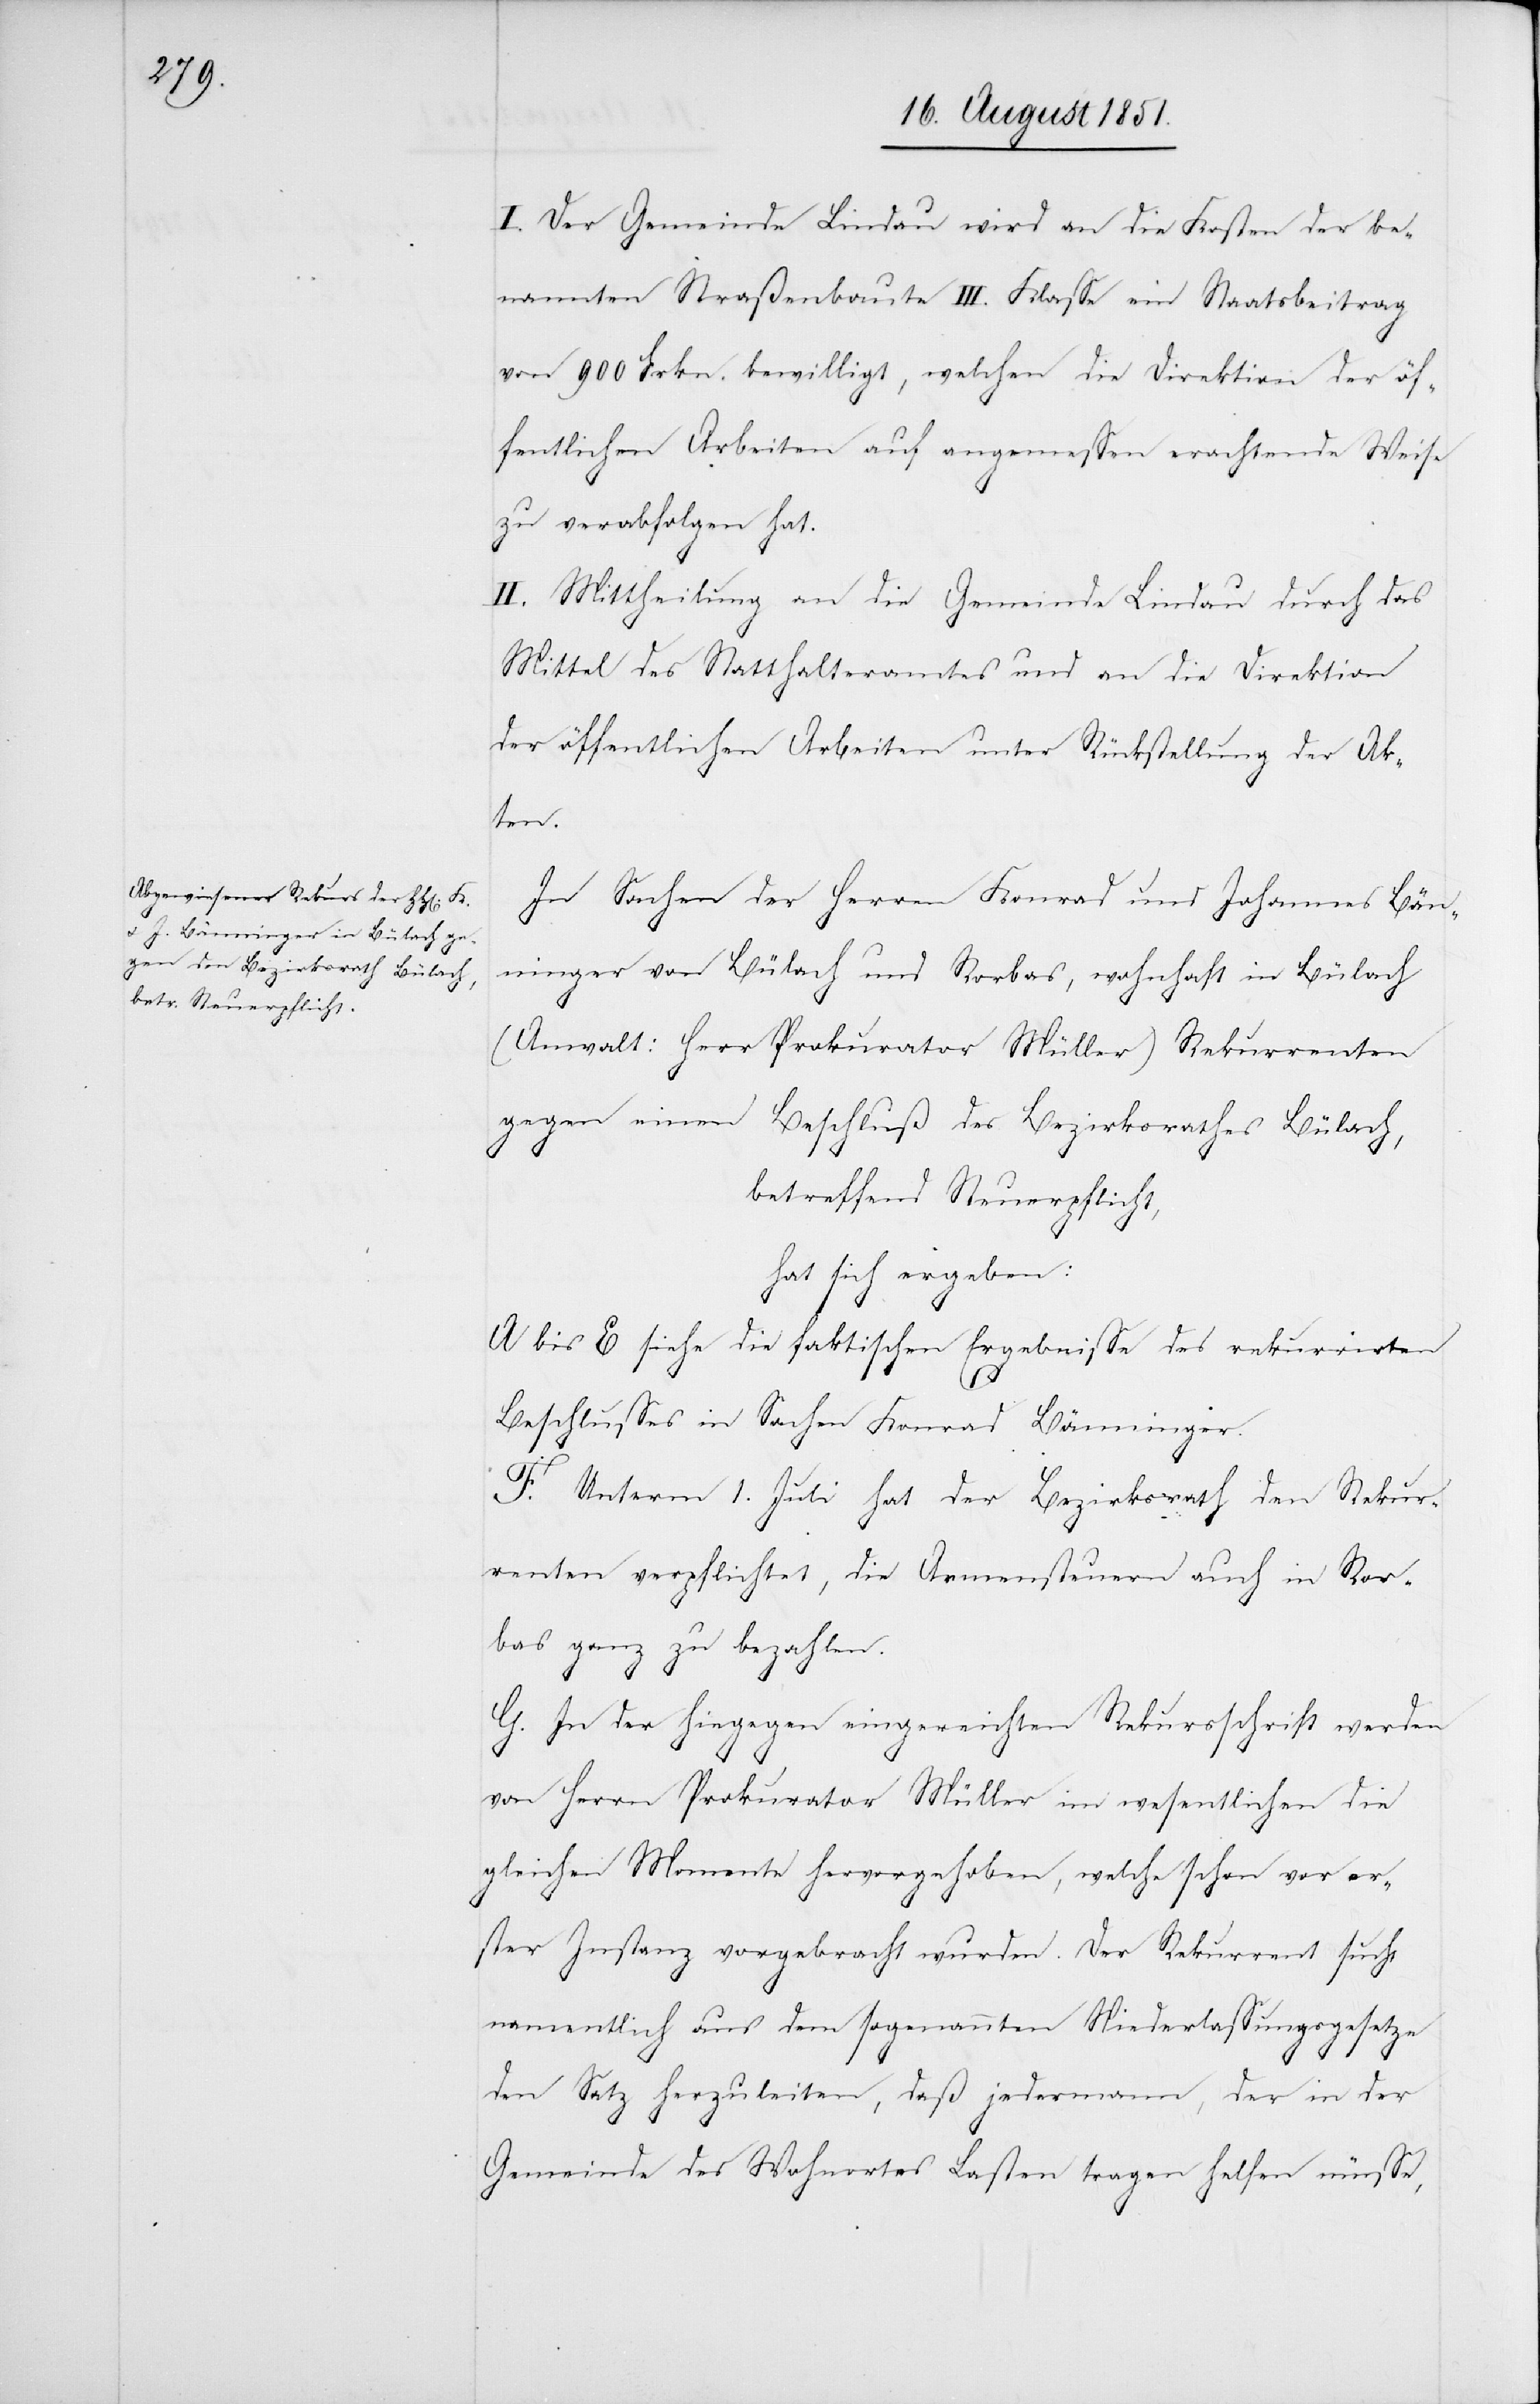
I. Der Gemeinde Lindau wird an die Kosten der be¬
nannten Straßenbaute III. Klasse ein Staatsbeitrag
von 900 Frkn. bewilligt, welchen die Direktion der öf¬
fentlichen Arbeiten auf angemessen erachtende Weise
zu verabfolgen hat.
II. Mittheilung an die Gemeinde Lindau durch das
Mittel des Statthalteramtes und an die Direktion
der öffentlichen Arbeiten unter Rückstellung der Ak¬
ten.
In Sachen der Herren Konrad und Johannes Bän¬
ninger von Bülach und Rorbas, wohnhaft in Bülach
(Anwalt: Herr Prokurator Müller) Rekurrenten
gegen einen Beschluß des Bezirksrathes Bülach,
betreffend Steuerpflicht,
hat sich ergeben:
A bis E siehe die faktischen Ergebnisse des rekurrirten
Beschlusses in Sachen Konrad Bänninger.
F. Unterm 1. Juli hat der Bezirksrath den Rekur¬
renten verpflichtet, die Armensteuern auch in Ror¬
bas ganz zu bezahlen.
G. In der hiegegen eingereichten Rekursschrift werden
von Herrn Prokurator Müller im wesentlichen die
gleichen Momente hervorgehoben, welche schon vor er¬
ster Instanz vorgebracht wurden. Der Rekurrent sucht
namentlich aus dem sogenannten Niederlassungsgesetze
den Satz herzuleiten, daß jedermann, der in der
Gemeinde des Wohnortes Lasten tragen helfen müsse,